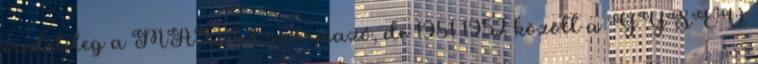
eredetileg a MÁV-tól származó, de 1951–1952 között a GYSEV